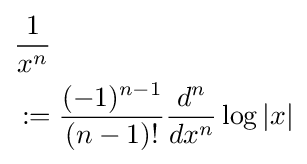
{\begin{aligned}&{\frac {1}{x^{n}}}\\&:={\frac {(-1)^{n-1}}{(n-1)!}}{\frac {d^{n}}{dx^{n}}}\log |x|\end{aligned}}